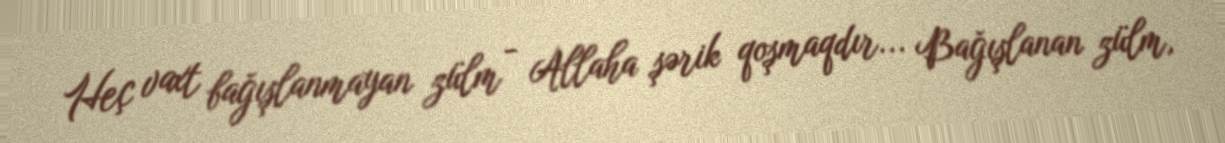
Heç vaxt bağışlanmayan zülm - Allaha şərik qoşmaqdır... Bağışlanan zülm,